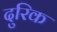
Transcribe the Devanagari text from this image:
दुरिक